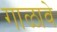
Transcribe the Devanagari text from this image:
गाळावे